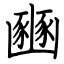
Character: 豳